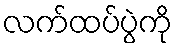
လက်ထပ်ပွဲကို